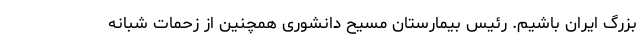
بزرگ ایران باشیم. رئیس بیمارستان مسیح دانشوری همچنین از زحمات شبانه